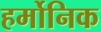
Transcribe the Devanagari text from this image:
हर्मोनिक